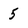
Character: 5